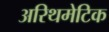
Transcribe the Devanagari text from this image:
अरिथमेटिक